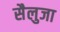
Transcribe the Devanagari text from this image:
सैलुजा